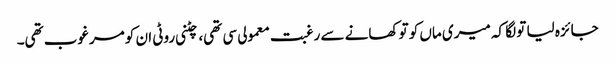
جائزہ لیا تو لگا کہ میری ماں کو تو کھانے سے رغبت معمولی سی تھی، چٹنی روٹی ان کو مرغوب تھی۔